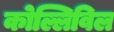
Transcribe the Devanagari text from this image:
कोल्लिविल